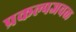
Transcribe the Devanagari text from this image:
प्रकल्पजवळ